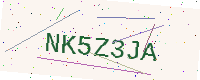
Text: NK5Z3JA